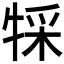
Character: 𤚀